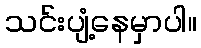
သင်းပျံ့နေမှာပါ။